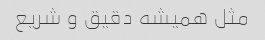
مثل همیشه دقیق و شریع